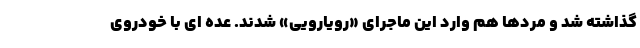
گذاشته شد و مردها هم وارد این ماجرای «رویارویی» شدند. عده ای با خودروی